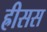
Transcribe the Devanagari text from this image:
ह्रीसस